Account of plague administration in the Bombay Presidency from September 1896 till May 1897
Year: 1896
Disease focus: Plague
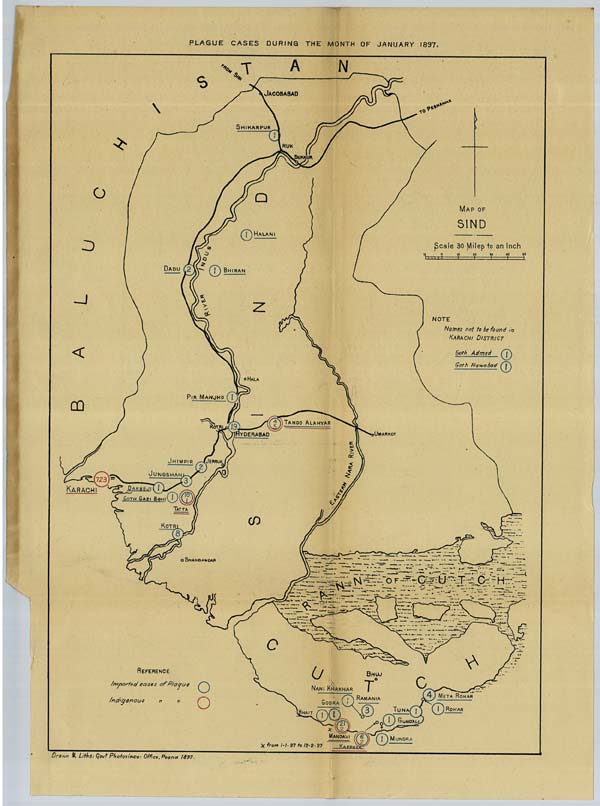
PLAGUE CASES DURING THE MONTH OF JANUARY 1897.
Drawn & Litho. Govt. Photozinco: Office, Poona 1897.